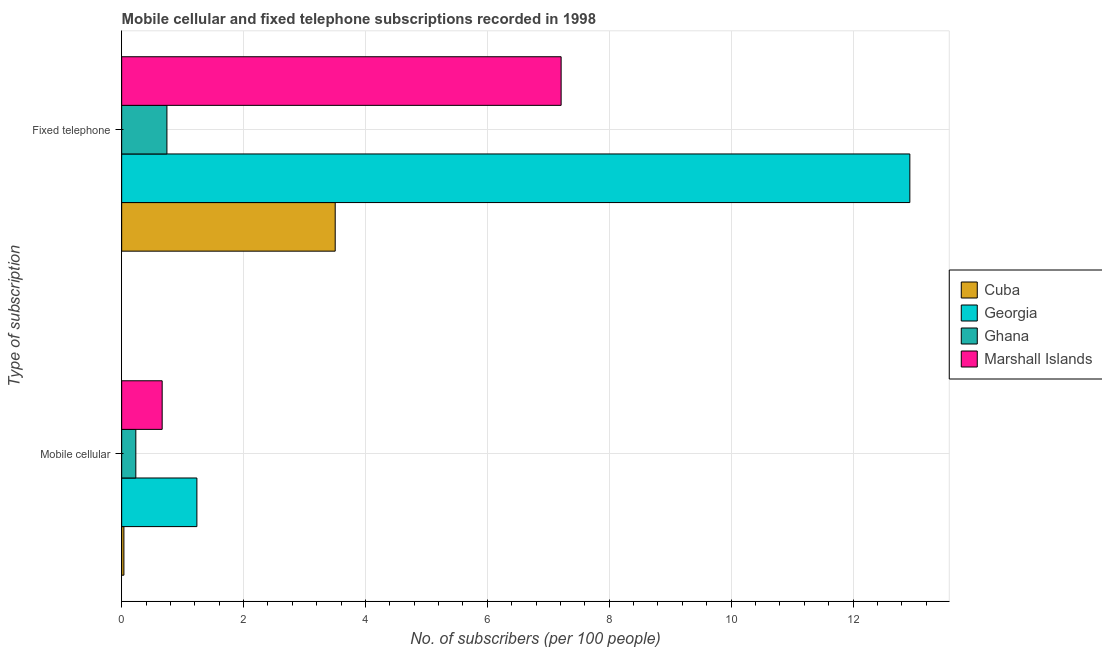
| Type of subscription | Cuba | Georgia | Ghana | Marshall Islands |
 | --- | --- | --- | --- | --- |
 | Mobile cellular | 0.0367 | 1.23 | 0.232 | 0.664 |
 | Fixed telephone | 3.5 | 12.9 | 0.743 | 7.21 |